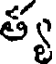
త్య